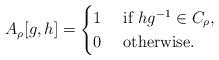
LaTeX: \begin{align*}A_\rho[g,h] &= \begin{cases}1 & \mbox{ if }hg^{-1}\in C_\rho,\\0 & \mbox{ otherwise.} \end{cases} \end{align*}